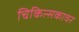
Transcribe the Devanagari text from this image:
चिकित्सकावर